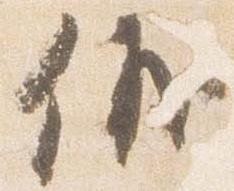
儀